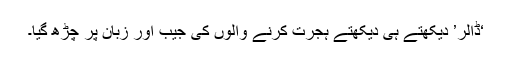
‘ڈالر’ دیکھتے ہی دیکھتے ہجرت کرنے والوں کی جیب اور زبان پر چڑھ گیا۔